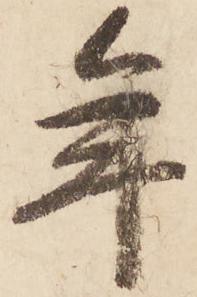
年